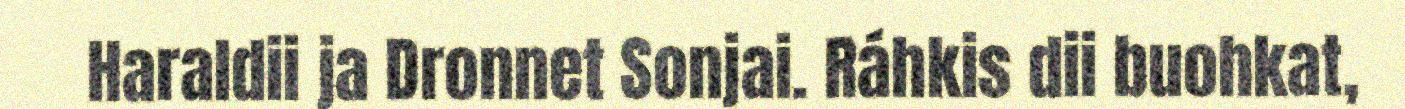
Haraldii ja Dronnet Sonjai. Ráhkis dii buohkat,